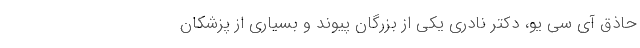
حاذق آی سی یو، دکتر نادری یکی از بزرگان پیوند و بسیاری از پزشکان